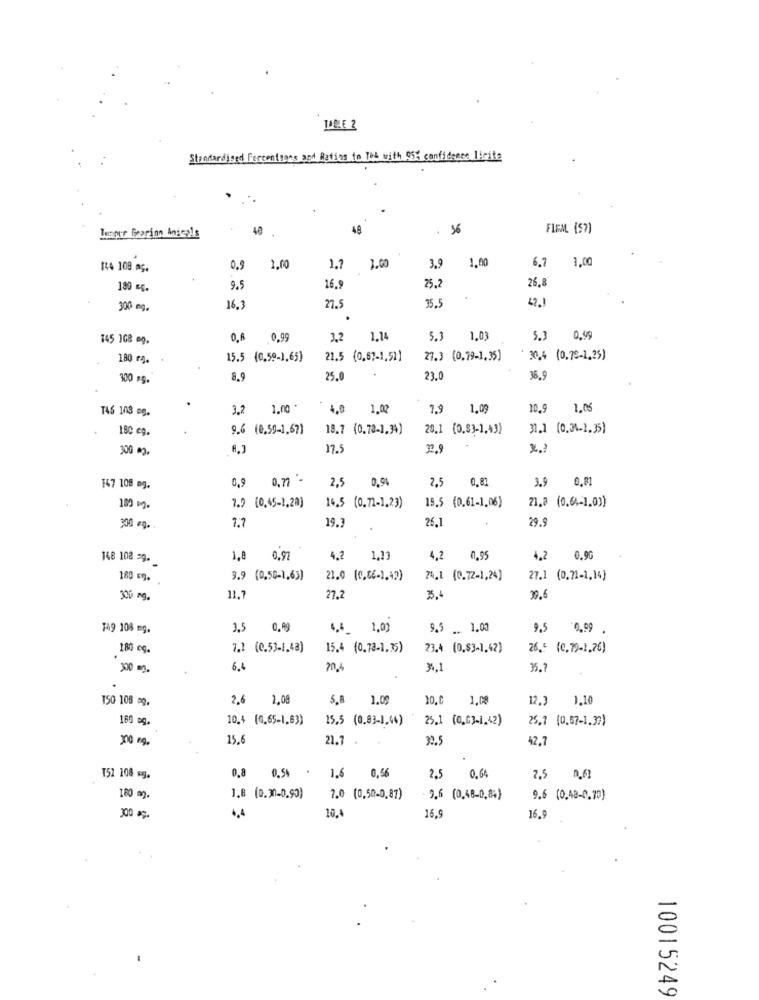
TABLE 2
Standardised Fercentsans and Ratios to Tek with 95% confidence licite
40
48
. 36
FIEML (57)
Lesper frarinn Anieals
1,00
6.7
1.00
144 109 ng.
0.9
1,00
1.7
1.00
3,9
25,2
180 =c.
9.5
16.9
26.8
35.5
42.1
300 mg.
16.3
27.5
145 168 op.
0.8
0.99
3.2
1.14
5.3
1,03
5.3
0,99
280 rg.
15.5 (0.59-1,65)
21.5 (0,67-1,51)
27.3 (0,79-1,35)
* 30.4 (0,75-1,25)
300 g.
8.9
25.0
23.0
36.9
T46 103 og.
3.2
1.00
4,0 1,02
7,9
1.05
10.9
1.06
180 cq.
9.6 (0,59-1,67)
19.7 (0.73-1,34)
20.1 (0,83-1,43)
31.1 (0.34-1.35)
300 m.
17.5
32.5
2.
2,5
0.8
3.9
0.81
147 108 og.
0,9
2,5 0,94
19.5 (0.61-1,06)
21,2 (0.64-1,0))
180 m
7.9 (0,45-1,20)
14.5 (0.71-1,23)
26.1
29.9
300 kg.
7.7
19.3
148 102 =9.
1,8
0.97
4.2
1,13
4,2
0.95
4.2
0.9G
180 cm.
9.9 (0,56-1,65)
21.0 (0,06-1.19)
24,1 (0.72-1,24)
27.1 (0.71-1,14)
30% ng.
11.1
27.2
35.4
39.6
149 108 mg.
3.5
0.99
4,4_ 1,03
9.5 _. 1.00
9,5
0.99 .
180 eg.
7.1 (0.53-1,48)
15.4 (0.78-1.35)
23.4 (0,83-1,42)
26.5 (0.79-1,26)
300 mg.
6.4
34,1
35.1
150 108 =g.
2.6
2,08
5.8 1.00
20.0
1.08
12.3
1.10
160 sq.
10.4 (0.65-1,83)
15.5 (0.83-1,64)
25.1 (0,63-1,42)
25.7 (0,57-1.39)
200 ng.
15,6
21.7
32.5
42,7
2.5
T51 108 6g.
0,8 0,5% - 1,6 0,56
0,64
2.5
180 m.
1.8 (0.30-0,90)
7.0 (0,50-0,87)
- 9.6 (0,48-0,84)
9.6 (0.48-0,79)
10.4
16.9
300 kg.
16.9
10015249